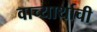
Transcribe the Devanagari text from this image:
वाच्यार्थाची